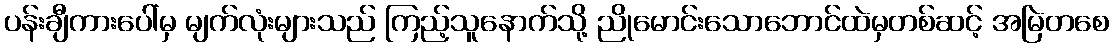
ပန်းချီကားပေါ်မှ မျက်လုံးများသည် ကြည့်သူနောက်သို့ ညိုမောင်းသောဘောင်ထဲမှတစ်ဆင့် အမြဲတစေ